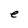
Character: e